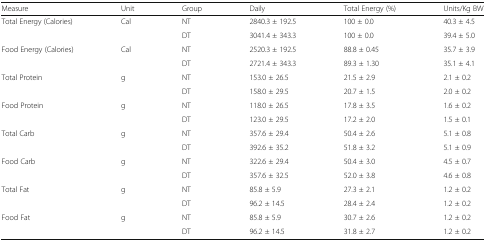
<table><thead><tr><td><b>Measure</b></td><td><b>Unit</b></td><td><b>Group</b></td><td><b>Daily</b></td><td><b>Total Energy (%)</b></td><td><b>Units/Kg BW</b></td></tr></thead><tbody><tr><td rowspan="2">Total Energy (Calories)</td><td rowspan="2">Cal</td><td>NT</td><td>2840.3 ± 192.5</td><td>100 ± 0.0</td><td>40.3 ± 4.5</td></tr><tr><td>DT</td><td>3041.4 ± 343.3</td><td>100 ± 0.0</td><td>39.4 ± 5.0</td></tr><tr><td rowspan="2">Food Energy (Calories)</td><td rowspan="2">Cal</td><td>NT</td><td>2520.3 ± 192.5</td><td>88.8 ± 0.45</td><td>35.7 ± 3.9</td></tr><tr><td>DT</td><td>2721.4 ± 343.3</td><td>89.3 ± 1.30</td><td>35.1 ± 4.1</td></tr><tr><td rowspan="2">Total Protein</td><td rowspan="2">g</td><td>NT</td><td>153.0 ± 26.5</td><td>21.5 ± 2.9</td><td>2.1 ± 0.2</td></tr><tr><td>DT</td><td>158.0 ± 29.5</td><td>20.7 ± 1.5</td><td>2.0 ± 0.2</td></tr><tr><td rowspan="2">Food Protein</td><td rowspan="2">g</td><td>NT</td><td>118.0 ± 26.5</td><td>17.8 ± 3.5</td><td>1.6 ± 0.2</td></tr><tr><td>DT</td><td>123.0 ± 29.5</td><td>17.2 ± 2.0</td><td>1.5 ± 0.1</td></tr><tr><td rowspan="2">Total Carb</td><td rowspan="2">g</td><td>NT</td><td>357.6 ± 29.4</td><td>50.4 ± 2.6</td><td>5.1 ± 0.8</td></tr><tr><td>DT</td><td>392.6 ± 35.2</td><td>51.8 ± 3.2</td><td>5.1 ± 0.9</td></tr><tr><td rowspan="2">Food Carb</td><td rowspan="2">g</td><td>NT</td><td>322.6 ± 29.4</td><td>50.4 ± 3.0</td><td>4.5 ± 0.7</td></tr><tr><td>DT</td><td>357.6 ± 32.5</td><td>52.0 ± 3.8</td><td>4.6 ± 0.8</td></tr><tr><td rowspan="2">Total Fat</td><td rowspan="2">g</td><td>NT</td><td>85.8 ± 5.9</td><td>27.3 ± 2.1</td><td>1.2 ± 0.2</td></tr><tr><td>DT</td><td>96.2 ± 14.5</td><td>28.4 ± 2.4</td><td>1.2 ± 0.2</td></tr><tr><td rowspan="2">Food Fat</td><td rowspan="2">g</td><td>NT</td><td>85.8 ± 5.9</td><td>30.7 ± 2.6</td><td>1.2 ± 0.2</td></tr><tr><td>DT</td><td>96.2 ± 14.5</td><td>31.8 ± 2.7</td><td>1.2 ± 0.2</td></tr></tbody></table>